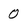
Character: 0